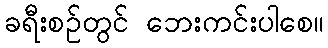
ခရီးစဉ်တွင် ဘေးကင်းပါစေ။